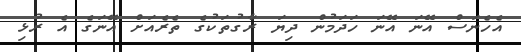
އެހެނަސް އޭނަ އޭނަ ހަދަމުން ދިޔަ ރާގުތަކުގެ ތެރެއަށް އޭނަގެ އެ ރުޅި